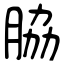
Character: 脇